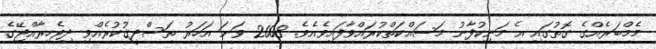
މެމްބަރެއްގެ ގޮތުގައި އެ މަނިކުފާނު މަސައްކަތްކުރައްވާފައިވެއެވެ. 2008 ވަނަ އަހަރު ތަސްދީޤުކުރެއްވި ދިވެހިރާއްޖޭގެ